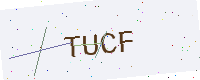
Text: TUCF